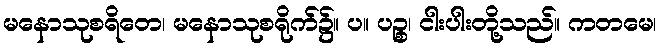
မနောသုစရိတေ၊ မနောသုစရိုက်၌။ ပ။ ပဉ္စ၊ ငါးပါးတို့သည်။ ကတမေ၊